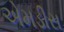
એમડીસ